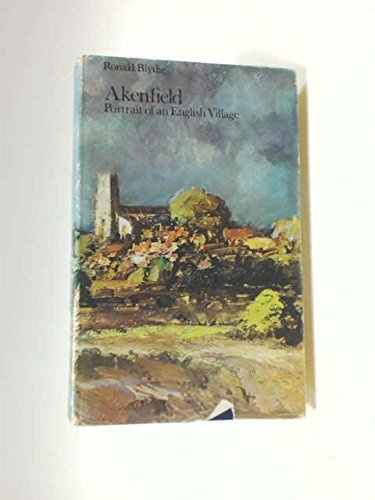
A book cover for Akenfield: Portrait of an English Village; Dr. Ronald Blythe; Politics & Social Sciences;